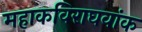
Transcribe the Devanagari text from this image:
महाकविराघवांक